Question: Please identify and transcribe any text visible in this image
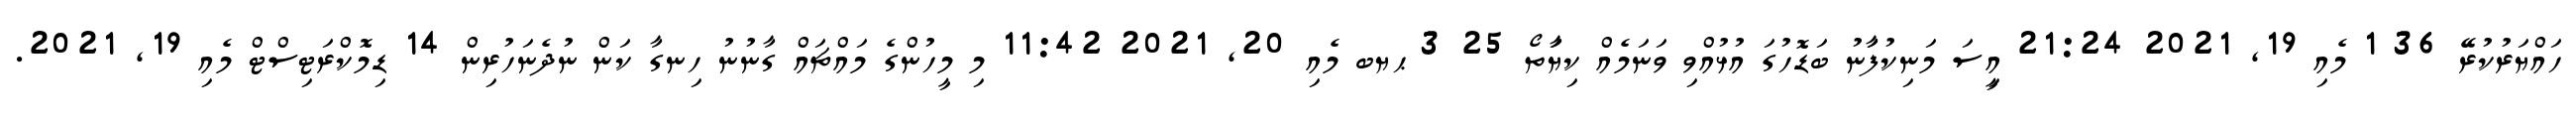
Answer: ހައްޔަރުކުރޭ 36 1 މެއި 19, 2021 21:24 އިީސަ މަނިކުފަާނު ބަޑޮހުގަ އުޅުއްވި ވަނަމެއް ކިޔަާތޯ 25 3 ޙޔބ މެއި 20, 2021 11:42 މި މީހުންގެ މައްޗައް ގާނުނު ހިނގާ ކަން ނުދެނަހުރިން 14 ޑިމޮކްރަޓިސްޓް މެއި 19, 2021.